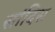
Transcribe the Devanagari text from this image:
सांदिस